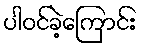
ပါဝင်ခဲ့ကြောင်း